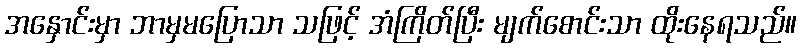
အနှောင်းမှာ ဘာမှမပြောသာ သဖြင့် အံကြိတ်ပြီး မျက်စောင်းသာ ထိုးနေရသည်။